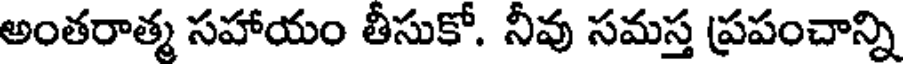
అంతరాత్మ సహాయం తీసుకో. నీవు సమస్త ప్రపంచాన్ని